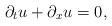
LaTeX: \begin{align*}\partial_t u + \partial_x u = 0,\end{align*}